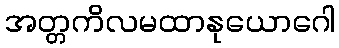
အတ္တကိလမထာနုယောဂေါ